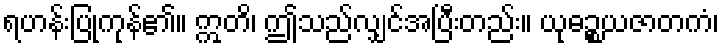
ရဟန်းပြုကုန်၏။ ဣတိ၊ ဤသည်လျှင်အပြီးတည်း။ ယုဓဉ္စယဇာတကံ၊